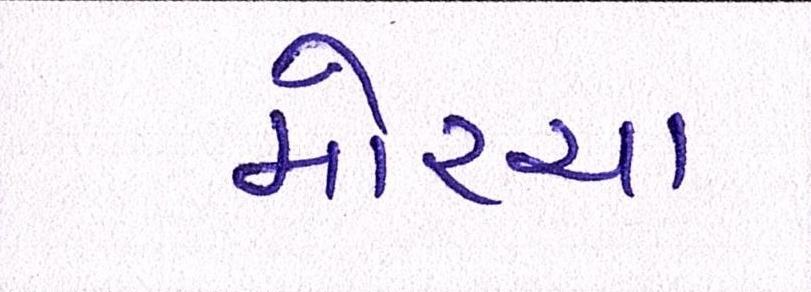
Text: મોરચા